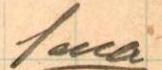
Sama